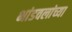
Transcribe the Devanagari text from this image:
भांडवलांच्या